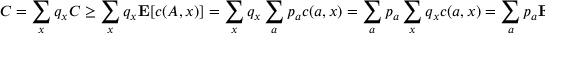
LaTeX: C = \sum _ { x } q _ { x } C \geq \sum _ { x } q _ { x } \mathbf { E } [ c ( A , x ) ] = \sum _ { x } q _ { x } \sum _ { a } p _ { a } c ( a , x ) = \sum _ { a } p _ { a } \sum _ { x } q _ { x } c ( a , x ) = \sum _ { a } p _ { a } \mathbf { E } [ c ( a , X ) ] \geq \sum _ { a } p _ { a } D = D .